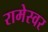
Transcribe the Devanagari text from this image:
रामेस्वर